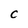
Character: C